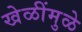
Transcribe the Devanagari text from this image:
खेळींमुळे